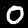
Digit: 0